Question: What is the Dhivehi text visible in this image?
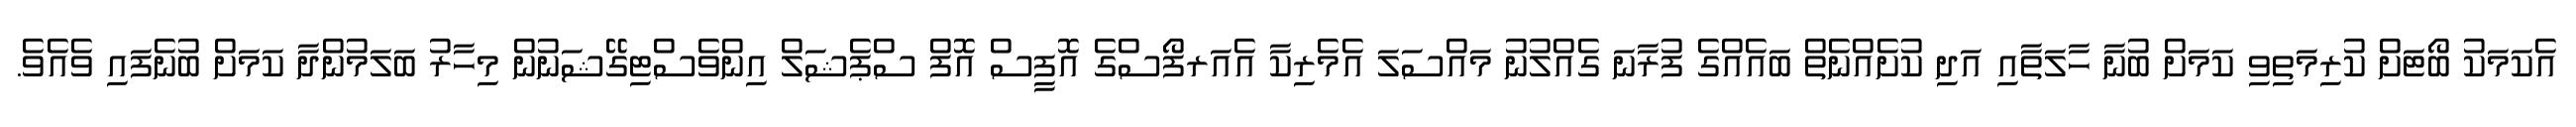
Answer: އެކަމަކު ބޯޓަށް ކުރިމަތިވި ކަމަށް ބުނާ ހާލަތާއި އަދި ކުށެއްނެތް ބައެއްގެ ފުރާނަ ގެއްލުނު މައްސަލަ އެމެރިކާ އެއަރފޯސްގެ އޮފީސް އޮފް ސްޕެޝަލް އިންވެސްޓިގޭޝަނުން މިހާރު ބަލަމުންދާ ކަމަށް ބުނެފައި ވެއެވެ.